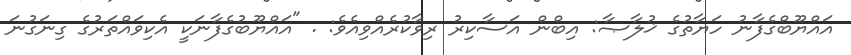
އައްޔޫބްގެފާނު ހަޔާތުގެ ޚުލާޞާ: އިބްން އަސާކިރު ރިވާކުރެއްވިއެވެ: . "އައްޔޫބުގެފާނަކީ އެކިވައްތަރުގެ ގިނަގުނަ